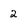
Character: 2